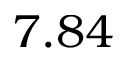
7 . 8 4